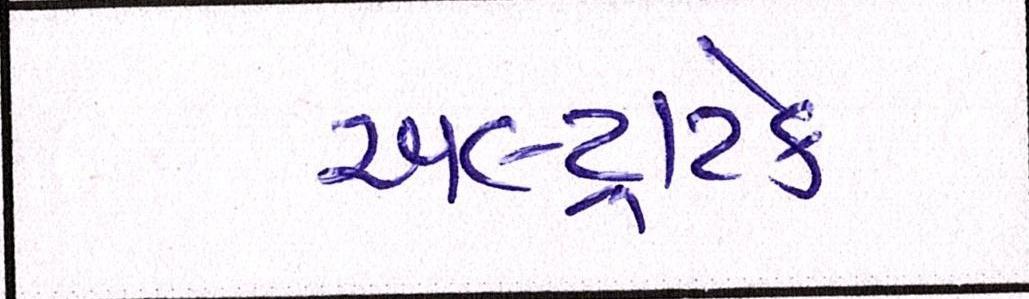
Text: અલ્ટ્રાટેક